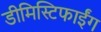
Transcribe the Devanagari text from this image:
डीमिस्टिफाईंग